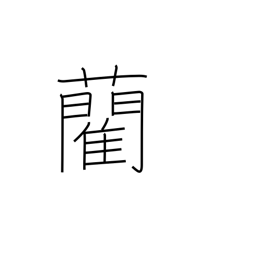
Meaning: rush, used for tatami covers